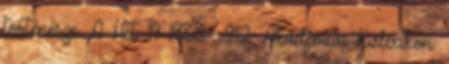
történésze. A Hét. 19 1988 . 9:12. Akadémiai Kislexikon.